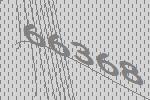
66368